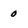
Character: 0